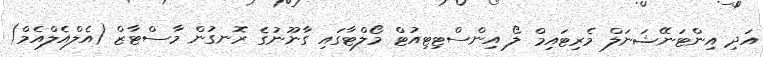
އަދި އިންޓަނޭޝަނަލް މެރިޓައިމް ލޯ އިންސްޓިޓިއުޓް މޯލްޓާގައި ގާނޫނުގެ ރޮނގުން މާސްޓާޒް (އެލްއެލްއެމް)